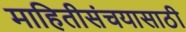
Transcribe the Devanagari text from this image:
माहितीसंचयासाठी